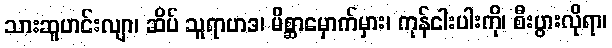
သားဆူဟင်းလျာ၊ ဆိပ် သူရာဟဒ၊ မိစ္ဆာမှောက်မှား၊ ကုန်ငါးပါးကို၊ စီးပွားလိုရာ၊